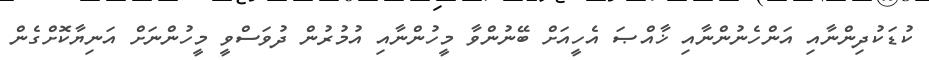
ކުޑަކުދިންނާއި އަންހެނުންނާއި ޚާއްޞަ އެހީއަށް ބޭނުންވާ މީހުންނާއި އުމުރުން ދުވަސްވީ މީހުންނަށް އަނިޔާކޮށްގެން